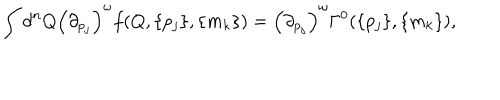
LaTeX: \int d ^ { n } Q \left( { \partial } _ { p _ { j } } \right) ^ { \omega } f ( Q , \{ p _ { j } \} , \{ m _ { k } \} ) = \left( { \partial } _ { p _ { j } } \right) ^ { \omega } \Gamma ^ { 0 } ( \{ p _ { j } \} , \{ m _ { k } \} ) ,